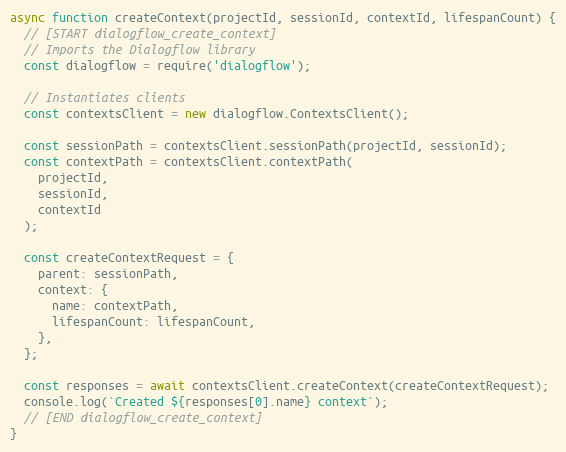
Language: JavaScript
async function createContext(projectId, sessionId, contextId, lifespanCount) {
  // [START dialogflow_create_context]
  // Imports the Dialogflow library
  const dialogflow = require('dialogflow');

  // Instantiates clients
  const contextsClient = new dialogflow.ContextsClient();

  const sessionPath = contextsClient.sessionPath(projectId, sessionId);
  const contextPath = contextsClient.contextPath(
    projectId,
    sessionId,
    contextId
  );

  const createContextRequest = {
    parent: sessionPath,
    context: {
      name: contextPath,
      lifespanCount: lifespanCount,
    },
  };

  const responses = await contextsClient.createContext(createContextRequest);
  console.log(`Created ${responses[0].name} context`);
  // [END dialogflow_create_context]
}